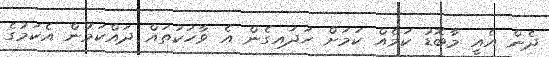
ދެން އެއީ މާބޮޑު ކަމެއް ކަމަށް ހަދައިގެން އެ ވާހަކަތައް ދައްކަމުން އެކަމުގެ